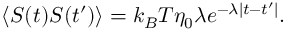
\langle S ( t ) S ( t ^ { \prime } ) \rangle = k _ { B } T \eta _ { 0 } \lambda e ^ { - \lambda | t - t ^ { \prime } | } .